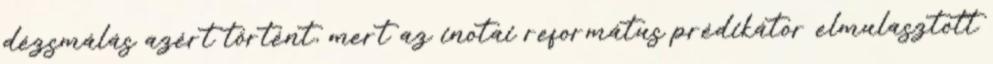
dézsmálás azért történt, mert az inotai református prédikátor elmulasztott